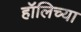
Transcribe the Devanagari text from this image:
हॉलिच्या